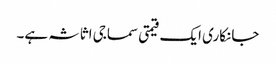
جانکاری ایک قیمتی سماجی اثاثہ ہے۔